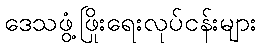
ဒေသဖွံ့ဖြိုးရေးလုပ်ငန်းများ